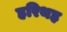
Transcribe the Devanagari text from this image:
हरिथह